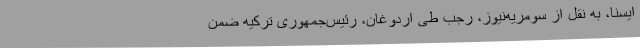
ایسنا، به نقل از سومریه‌نیوز، رجب طی اردوغان، رئیس‌جمهوری ترکیه ضمن